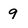
Character: 9